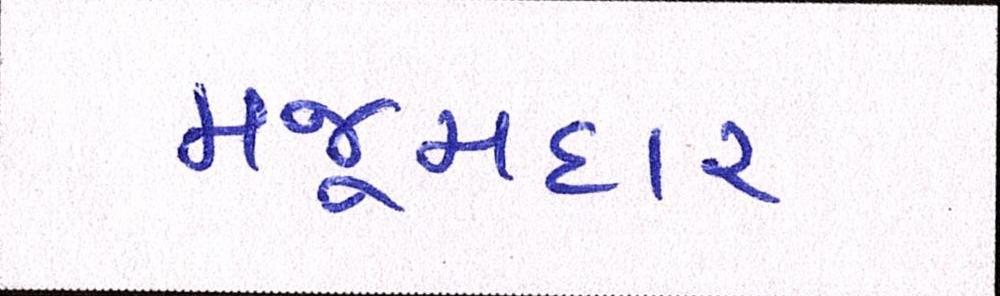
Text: મજૂમદાર